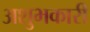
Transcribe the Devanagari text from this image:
अशुभकारी